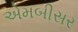
એમબીસર